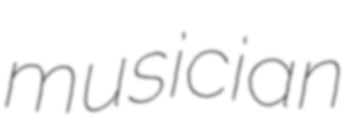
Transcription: musician